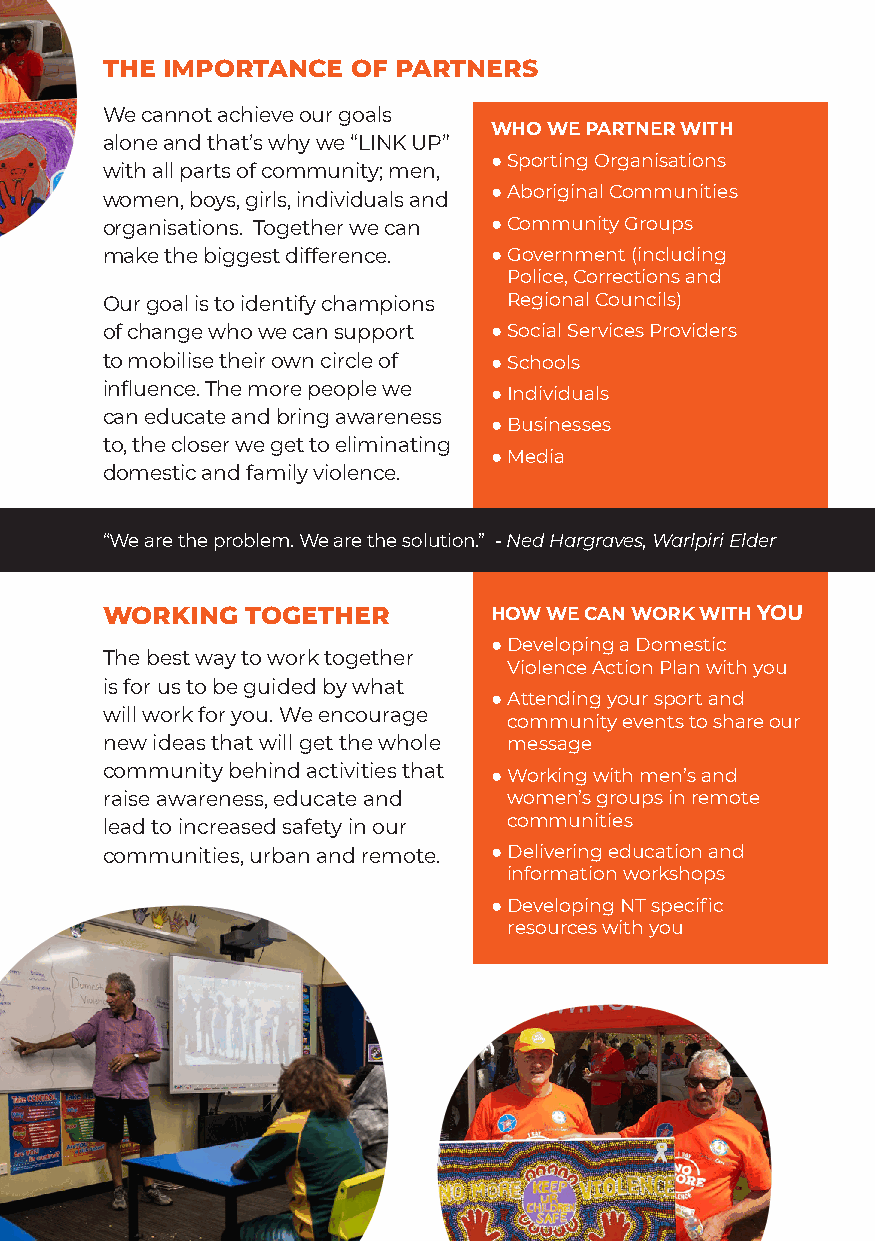
THE IMPORTANCE  OF PARTNERS
 We cannot achieve our goals
 WHO WE PARTNER WITH
 alone and that’s why we “LINK UP”
 ● Sporting Organisations
 with all parts of community; men,
 women, boys, girls, individuals and ● Aboriginal Communities
 organisations. Together we can ● Community Groups
 make the biggest difference. ● Government (including
 Police, Corrections and
 Our goal is to identify champions Regional Councils)
 of change who we can support ● Social Services Providers
 to mobilise their own circle of ● Schools
 influence. The more people we ● Individuals
 can educate and bring awareness
 ● Businesses
 to, the closer we get to eliminating
 ● Media
 domestic and family violence.
 “We are the problem. We are the solution.” - Ned Hargraves, Warlpiri Elder
 WORKING  TOGETHER        HOW WE CAN WORK WITH YOU
 ● Developing a Domestic
 The best way to work together
 Violence Action Plan with you
 is for us to be guided by what
 ● Attending your sport and
 will work for you. We encourage
 community events to share our
 new ideas that will get the whole message
 community behind activities that ● Working with men’s and
 raise awareness, educate and women’s groups in remote
 communities
 lead to increased safety in our
 communities, urban and remote. ● Delivering education and
 information workshops
 ● Developing NT specific
 resources with you